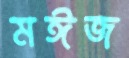
মঈজ